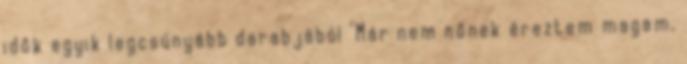
idők egyik legcsúnyább darabjából "Már nem nőnek éreztem magam,